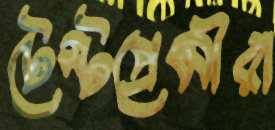
টেস্টপ্রেমীরা